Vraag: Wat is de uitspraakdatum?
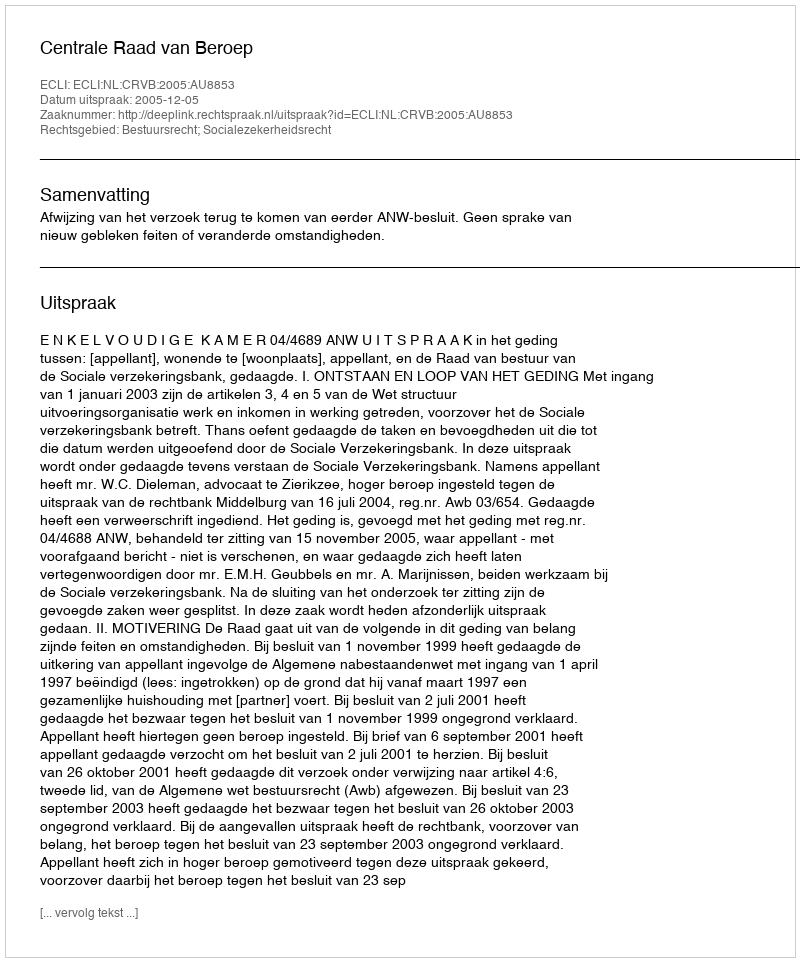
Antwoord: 2005-12-05